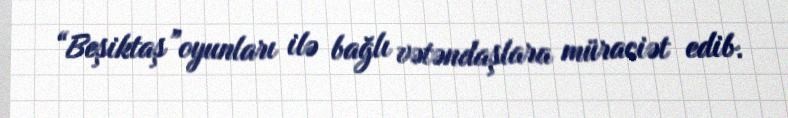
“Beşiktaş”oyunları ilə bağlı vətəndaşlara müraciət edib.